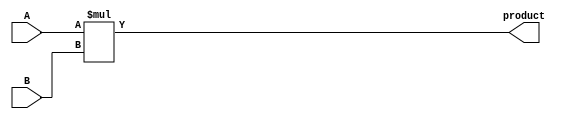
module FourBitMultiplier (
  input [3:0] A,
  input [3:0] B,
  output [7:0] product
);
    wire [7:0] temp_product;
  assign temp_product = {4'b0, A} * {4'b0, B};
  assign product = temp_product[7:0];

endmodule